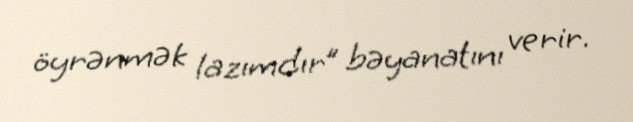
öyrənmək lazımdır” bəyanatını verir.